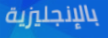
بالإنجليزية